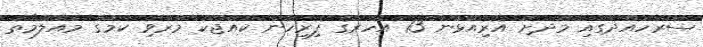
ސަރަހައްދުގައި މޫދަށް އެރިއުޅުނު 13 އަހަރުގެ ފިރިހެން ކުއްޖަކު މަރުވި ކަމުގެ މައުލޫމާތު